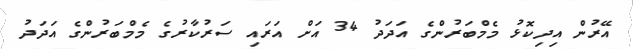
އޭރުން އިދިކޮޅު މެމްބަރުންގެ އަދަދު 34 އަށް އަރައި ސަރުކާރުގެ މެމްބަރުންގެ އަދަދު